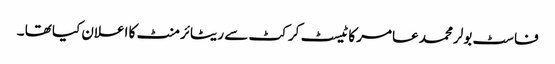
فاسٹ بولر محمد عامر کا ٹیسٹ کرکٹ سے ریٹائرمنٹ کا اعلان کیا تھا ۔